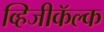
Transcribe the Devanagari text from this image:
व्हिजीकॅल्क